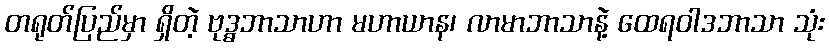
တရုတ်ပြည်မှာ ရှိတဲ့ ဗုဒ္ဓဘာသာဟာ မဟာယာန၊ လာမာဘာသာနဲ့ ထေရဝါဒဘာသာ သုံး